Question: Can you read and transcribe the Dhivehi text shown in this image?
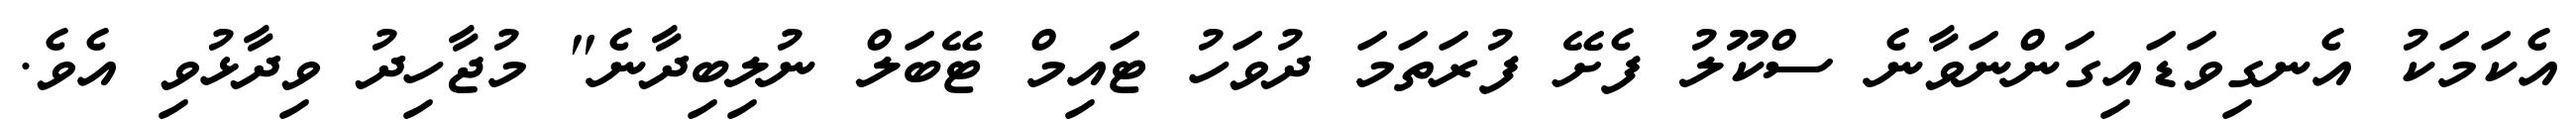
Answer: އެކަމަކު އެނގިވަޑައިގަންނަވާނެ ސްކޫލު ފެށޭ ފުރަތަމަ ދުވަހު ޓައިމް ޓޭބަލް ނުލިބިދާނެ" މުޖާހިދު ވިދާޅުވި އެވެ.